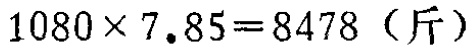
\(1080\times 7.85 = 8478\)（斤）